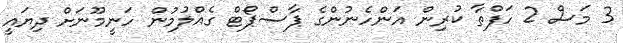
3 މަސް 2 ހަފްތާ ކުރިން އަންހެނުންގެ ޕާސްޕޯޓް ގެއްލުމުން ހަނީމޫނަށް ދިޔައީ